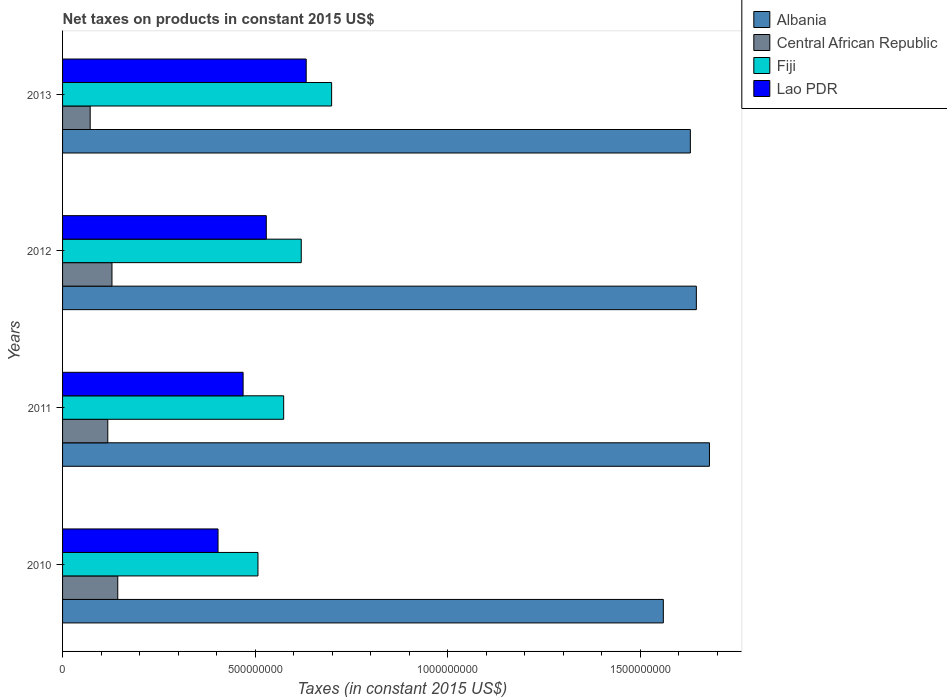
| Years | Albania | Central African Republic | Fiji | Lao PDR |
 | --- | --- | --- | --- | --- |
 | 2010 | 1.56e+09 | 1.43e+08 | 5.07e+08 | 4.04e+08 |
 | 2011 | 1.68e+09 | 1.17e+08 | 5.74e+08 | 4.69e+08 |
 | 2012 | 1.65e+09 | 1.28e+08 | 6.2e+08 | 5.29e+08 |
 | 2013 | 1.63e+09 | 7.17e+07 | 6.99e+08 | 6.33e+08 |